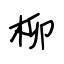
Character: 柳